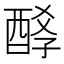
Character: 𨡆